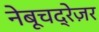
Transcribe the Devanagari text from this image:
नेबूचद्रेज़र